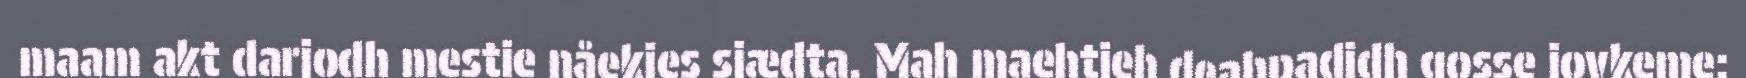
maam akt darjodh mestie nåekies sjædta. Mah maehtieh deahpadidh gosse jovkeme: